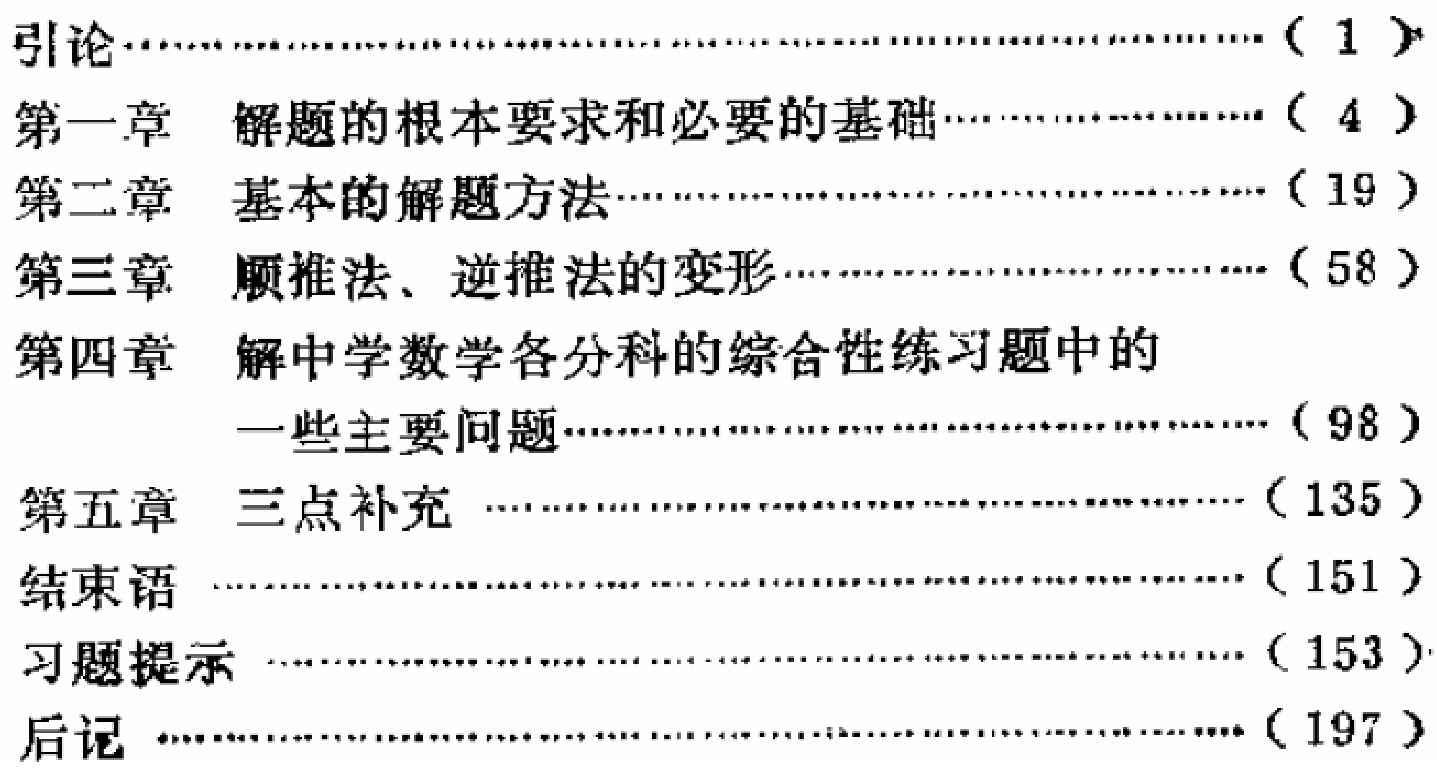
\begin{enumerate}
\item 引论\hfill(1)
\item 第一章 解题的根本要求和必要的基础\hfill(4)
\item 第二章 基本的解题方法\hfill(19)
\item 第三章 顺推法、逆推法的变形\hfill(58)
\item 第四章 解中学数学各分科的综合性练习题中的一些主要问题\hfill(98)
\item 第五章 三点补充\hfill(135)
\item 结束语\hfill(151)
\item 习题提示\hfill(153)
\item 后记\hfill(197)
\end{enumerate}